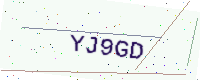
Text: YJ9GD